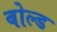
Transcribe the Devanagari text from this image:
बोल्‍ड